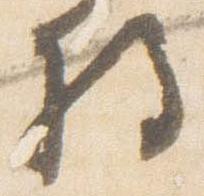
将